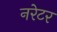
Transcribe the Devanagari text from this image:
नरेटर